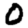
Digit: 0